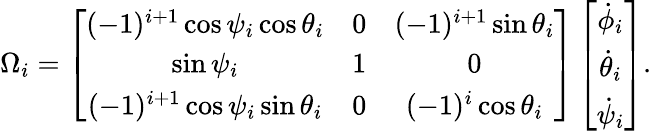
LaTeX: \begin{array}{r}{\Omega_{i}=\left[\begin{array}{ccc}{(-1)^{i+1}\cos\psi_{i}\cos\theta_{i}}&{0}&{(-1)^{i+1}\sin\theta_{i}}\\ {\sin\psi_{i}}&{1}&{0}\\ {(-1)^{i+1}\cos\psi_{i}\sin\theta_{i}}&{0}&{(-1)^{i}\cos\theta_{i}}\end{array}\right]\left[\begin{array}{c}{\dot{\phi}_{i}}\\ {\dot{\theta}_{i}}\\ {\dot{\psi}_{i}}\end{array}\right].}\end{array}